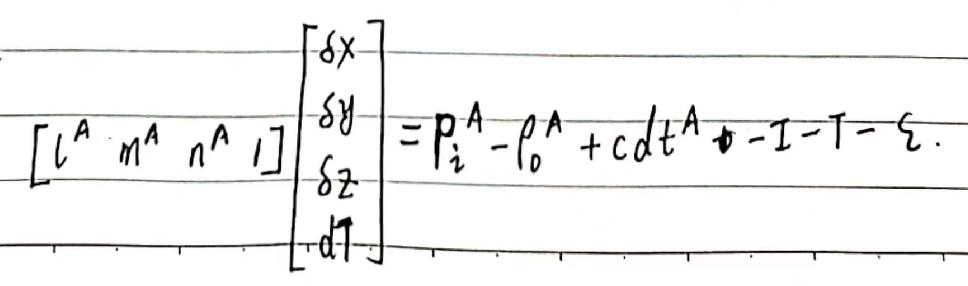
\[
\left[
\begin{array}{cccc}
l^{A} & m^{A} & n^{A} & 1
\end{array}
\right]
\left[
\begin{array}{c}
\delta x \\
\delta y \\
\delta z \\
dT
\end{array}
\right]
= P_{i}^{A}-\rho_{o}^{A}+cdt^{A}-I - T-\xi.
\]